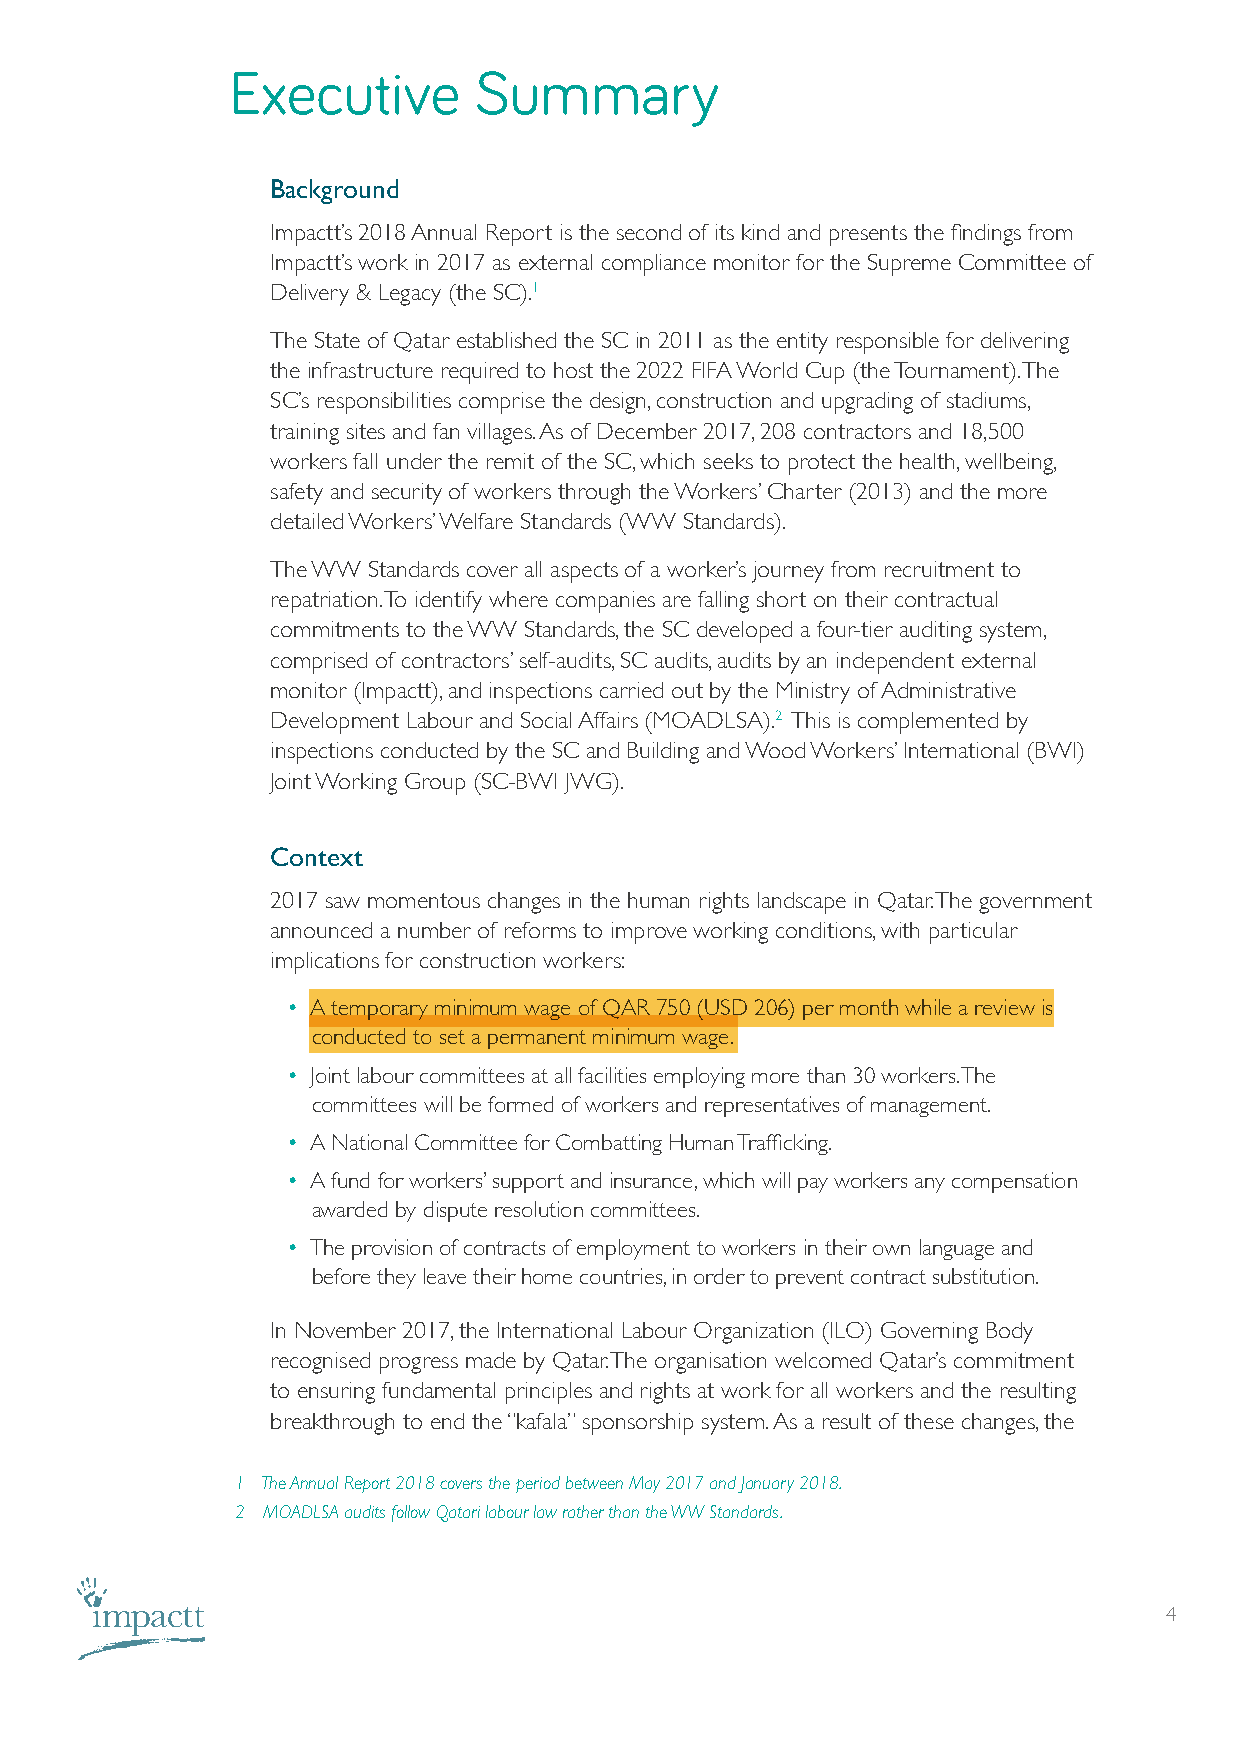
Executive       Summary
 Background
 Impactt’s 2018 Annual Report is the second of its kind and presents the findings from
 Impactt’s work in 2017 as external compliance monitor for the Supreme Committee of
 Delivery & Legacy (the SC).1
 The State of Qatar established the SC in 2011 as the entity responsible for delivering
 the infrastructure required to host the 2022 FIFA World Cup (the Tournament). The
 SC’s responsibilities comprise the design, construction and upgrading of stadiums,
 training sites and fan villages. As of December 2017, 208 contractors and 18,500
 workers fall under the remit of the SC, which seeks to protect the health, wellbeing,
 safety and security of workers through the Workers’ Charter (2013) and the more
 detailed Workers’ Welfare Standards (WW Standards).
 The WW Standards cover all aspects of a worker’s journey from recruitment to
 repatriation. To identify where companies are falling short on their contractual
 commitments to the WW Standards, the SC developed a four-tier auditing system,
 comprised of contractors’ self-audits, SC audits, audits by an independent external
 monitor (Impactt), and inspections carried out by the Ministry of Administrative
 Development Labour and Social Affairs (MOADLSA).2 This is complemented by
 inspections conducted by the SC and Building and Wood Workers’ International (BWI)
 Joint Working Group (SC-BWI JWG).
 Context
 2017 saw momentous changes in the human rights landscape in Qatar. The government
 announced a number of reforms to improve working conditions, with particular
 implications for construction workers:
 • A temporary minimum wage of QAR 750 (USD 206) per month while a review is
 conducted to set a permanent minimum wage.
 • Joint labour committees at all facilities employing more than 30 workers. The
 committees will be formed of workers and representatives of management.
 • A National Committee for Combatting Human Trafficking.
 • A fund for workers’ support and insurance, which will pay workers any compensation
 awarded by dispute resolution committees.
 • The provision of contracts of employment to workers in their own language and
 before they leave their home countries, in order to prevent contract substitution.
 In November 2017, the International Labour Organization (ILO) Governing Body
 recognised progress made by Qatar. The organisation welcomed Qatar’s commitment
 to ensuring fundamental principles and rights at work for all workers and the resulting
 breakthrough to end the “kafala” sponsorship system. As a result of these changes, the
 1 The Annual Report 2018 covers the period between May 2017 and January 2018.
 2 MOADLSA audits follow Qatari labour law rather than the WW Standards.
 4